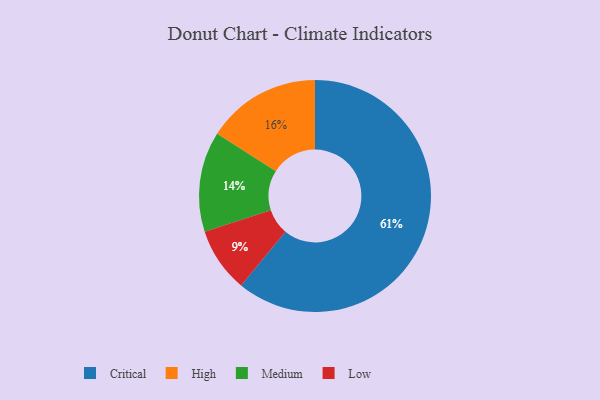
{"axis": {"x": "Category", "y": "Percentage"}, "legend": ["Critical", "High", "Low", "Medium"], "data": [{"x": "Critical", "y": 61, "type": "Critical"}, {"x": "High", "y": 16, "type": "High"}, {"x": "Medium", "y": 14, "type": "Medium"}, {"x": "Low", "y": 9, "type": "Low"}]}